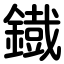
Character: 鐡